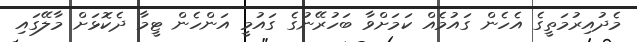
މެދުއިރުމަތީގެ އެހެން ގައުމެއް ކަމަށްވާ ބަހުރޭނުގެ ގައުމީ އަންހެން ޓީމާ ދެކޮޅަށް މާލޭގައި